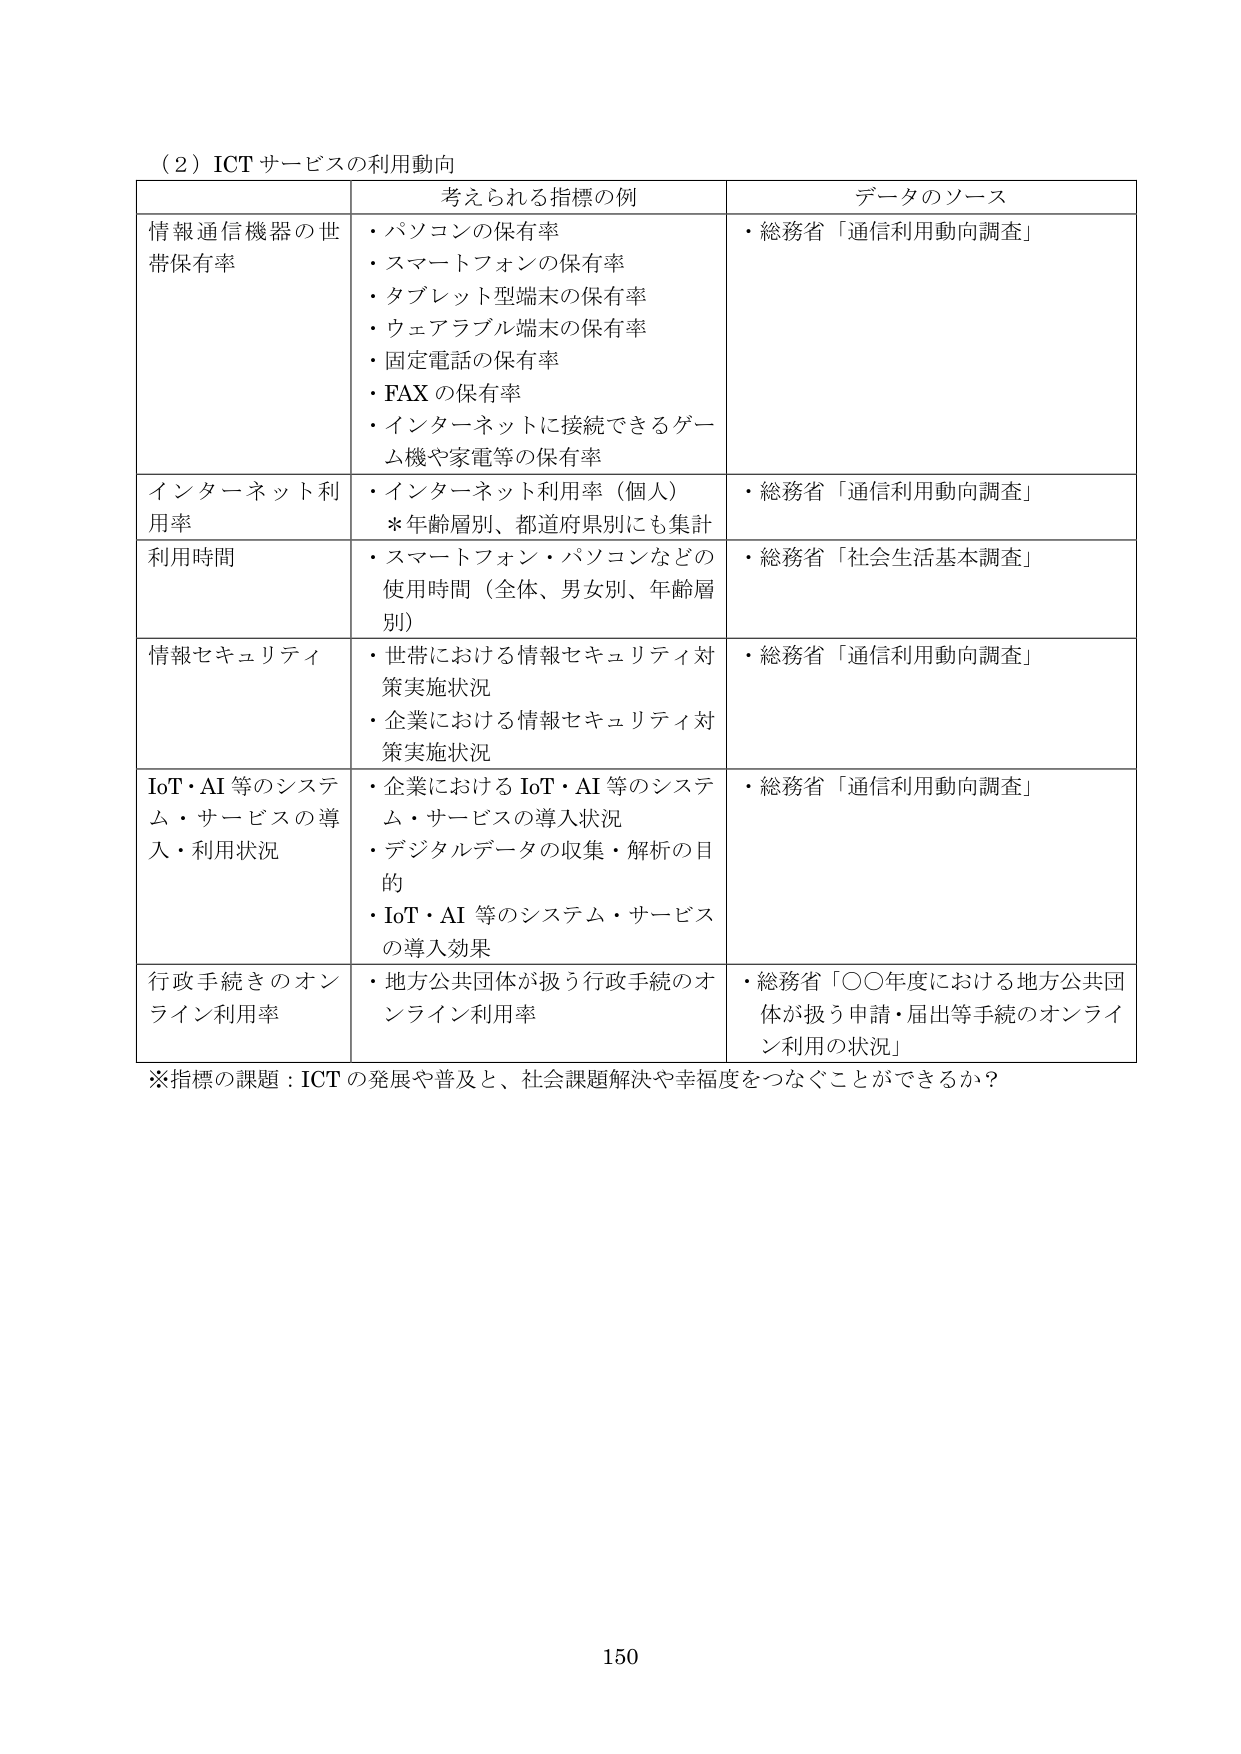
（２）ICT サービスの利用動向

| | 考えられる指標の例 | データのソース |
|---|---|---|
| 情報通信機器の世帯保有率 | ・パソコンの保有率<br>・スマートフォンの保有率<br>・タブレット型端末の保有率<br>・ウェアラブル端末の保有率<br>・固定電話の保有率<br>・FAX の保有率<br>・インターネットに接続できるゲーム機や家電等の保有率 | ・総務省「通信利用動向調査」 |
| インターネット利用率 | ・インターネット利用率（個人）<br>*年齢層別、都道府県別にも集計 | ・総務省「通信利用動向調査」 |
| 利用時間 | ・スマートフォン・パソコンなどの使用時間（全体、男女別、年齢層別） | ・総務省「社会生活基本調査」 |
| 情報セキュリティ | ・世帯における情報セキュリティ対策実施状況<br>・企業における情報セキュリティ対策実施状況 | ・総務省「通信利用動向調査」 |
| IoT・AI 等のシステム・サービスの導入・利用状況 | ・企業における IoT・AI 等のシステム・サービスの導入状況<br>・デジタルデータの収集・解析の目的<br>・IoT・AI 等のシステム・サービスの導入効果 | ・総務省「通信利用動向調査」 |
| 行政手続きのオンライン利用率 | ・地方公共団体が扱う行政手続のオンライン利用率 | ・総務省「〇〇年度における地方公共団体が扱う申請・届出等手続のオンライン利用の状況」 |

※指標の課題：ICT の発展や普及と、社会課題解決や幸福度をつなぐことができるか？

150